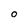
Character: O